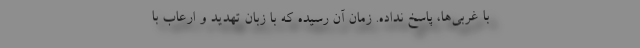
با غربی‌ها، پاسخ نداده. زمان آن رسیده که با زبان تهدید و ارعاب با